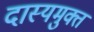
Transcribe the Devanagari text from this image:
दास्यमुक्त